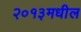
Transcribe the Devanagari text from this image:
२०१३मधील